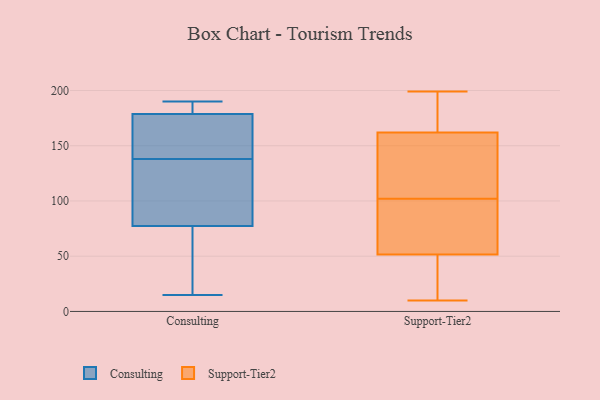
{"axis": {"x": "LTV (USD)", "y": "Value"}, "legend": ["Consulting", "Support-Tier2"], "data": [{"x": "", "y": 138, "type": "Consulting"}, {"x": "", "y": 181, "type": "Consulting"}, {"x": "", "y": 44, "type": "Consulting"}, {"x": "", "y": 190, "type": "Consulting"}, {"x": "", "y": 172, "type": "Consulting"}, {"x": "", "y": 125, "type": "Consulting"}, {"x": "", "y": 188, "type": "Consulting"}, {"x": "", "y": 15, "type": "Consulting"}, {"x": "", "y": 154, "type": "Consulting"}, {"x": "", "y": 111, "type": "Consulting"}, {"x": "", "y": 66, "type": "Consulting"}, {"x": "", "y": 30, "type": "Support-Tier2"}, {"x": "", "y": 98, "type": "Support-Tier2"}, {"x": "", "y": 56, "type": "Support-Tier2"}, {"x": "", "y": 187, "type": "Support-Tier2"}, {"x": "", "y": 161, "type": "Support-Tier2"}, {"x": "", "y": 151, "type": "Support-Tier2"}, {"x": "", "y": 165, "type": "Support-Tier2"}, {"x": "", "y": 10, "type": "Support-Tier2"}, {"x": "", "y": 102, "type": "Support-Tier2"}, {"x": "", "y": 38, "type": "Support-Tier2"}, {"x": "", "y": 134, "type": "Support-Tier2"}, {"x": "", "y": 199, "type": "Support-Tier2"}, {"x": "", "y": 73, "type": "Support-Tier2"}]}